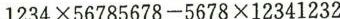
$$1234\times 56785678-5678\times 12341232$$